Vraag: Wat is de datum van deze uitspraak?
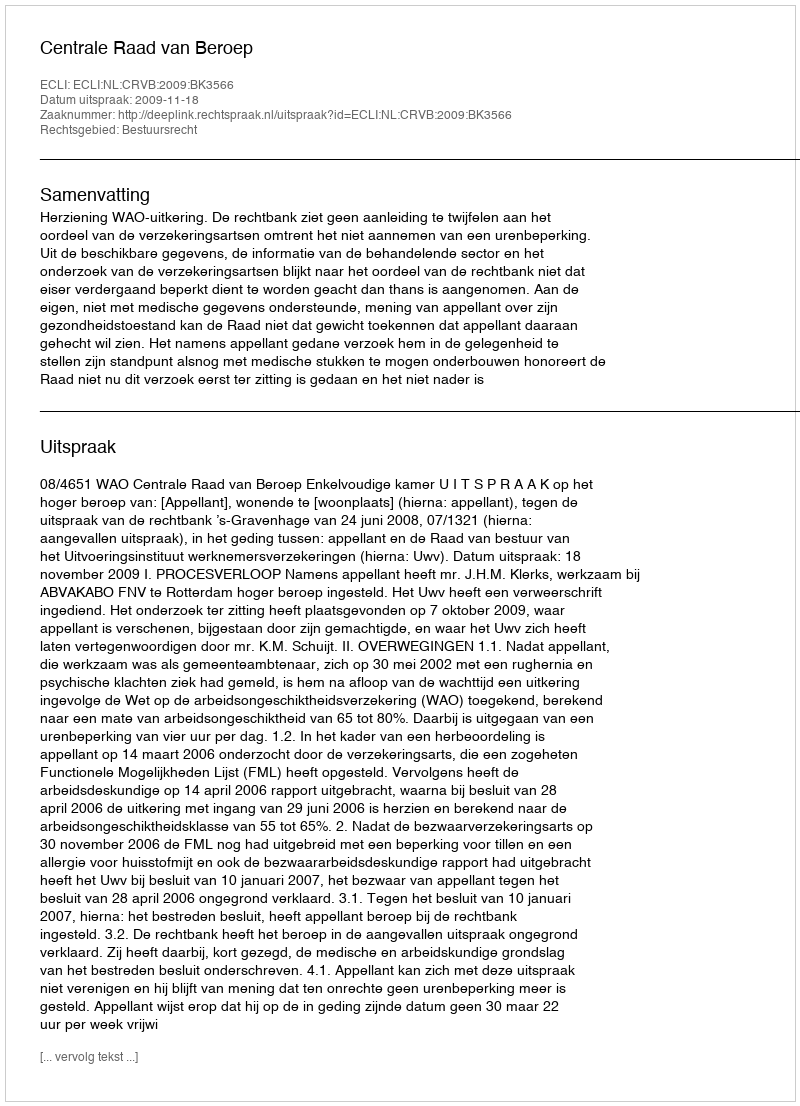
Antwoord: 2009-11-18